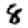
Digit: 8